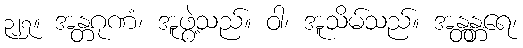
၃၂၇။ အန္တဂုဏံ၊ အူဖွဲ့သည်။ ဝါ၊ အူသိမ်သည်။ အန္တန္တရေ၊